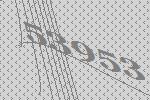
53953